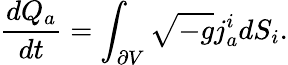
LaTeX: {\frac{dQ_{a}}{dt}}=\int_{\partial V}\sqrt{-g}j_{a}^{i}dS_{i}.